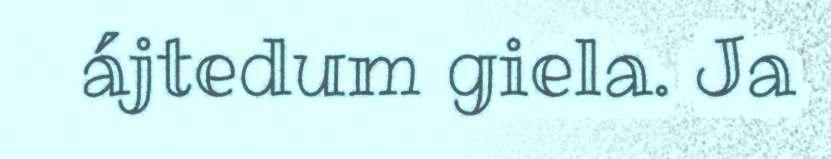
ájtedum giela. Ja